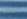
الذي